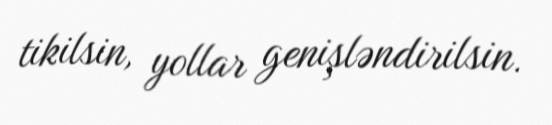
tikilsin, yollar genişləndirilsin.